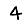
Digit: 4